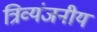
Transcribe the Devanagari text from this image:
त्रिव्यंजनीय